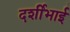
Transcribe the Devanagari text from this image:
दर्शीभाई